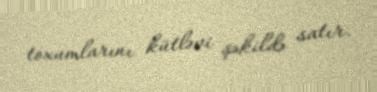
toxumlarını kütləvi şəkildə satır.